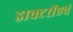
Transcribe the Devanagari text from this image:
डाक्टरोंएवं